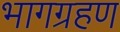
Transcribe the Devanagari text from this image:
भागग्रहण